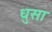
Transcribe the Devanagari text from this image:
धुसा